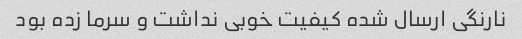
نارنگی ارسال شده کیفیت خوبی نداشت و سرما زده بود